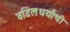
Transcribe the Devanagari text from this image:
वडिलधर्यांची